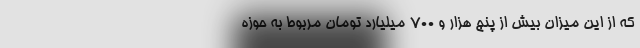
که از این میزان بیش از پنج هزار و ۷۰۰ میلیارد تومان مربوط به حوزه